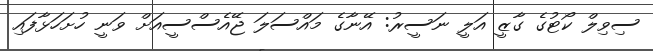
ސިވިލް ކޯޓުގެ ގާޒީ އަލީ ނަސީރު: އޭނާގެ މައްސަލަ ޖޭއެސްސީއަށް ވަނީ ހުށަހަޅާފައި